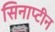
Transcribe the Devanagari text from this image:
सिनाप्टीन